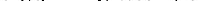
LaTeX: \smash{\tau_{\mathrm{~L~J~}}\equiv\sqrt{m\sigma^{2}/\epsilon}}